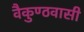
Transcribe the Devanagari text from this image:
वैकुण्ठवासी